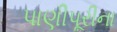
પાણીપૂરીના